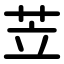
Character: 苙